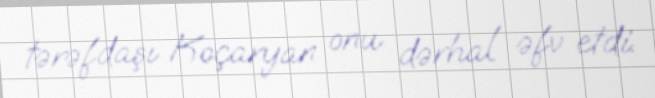
tərəfdaşı Koçaryan onu dərhal əfv etdi.